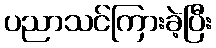
ပညာသင်ကြားခဲ့ပြီး